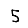
Digit: 5